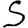
Digit: 5